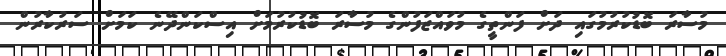
މުސާރަ ބޮޑުކުރުމުގައި ދަށް ފަންތީގެ މުވައްޒަފުންގެ މުސާރަ ބޮޑުކުރުމަށް އިސްކަންދޭނެ ކަމަށް ސަރުކާރުން